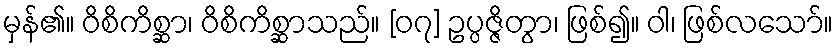
မှန်၏။ ဝိစိကိစ္ဆာ၊ ဝိစိကိစ္ဆာသည်။ [၀၇] ဥပ္ပဇ္ဇိတွာ၊ ဖြစ်၍။ ဝါ၊ ဖြစ်လသော်။